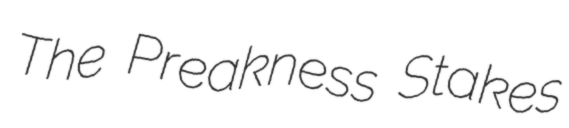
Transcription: The Preakness Stakes